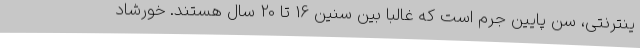
ینترنتی، سن پایین جرم است که غالبا بین سنین 16 تا 20 سال هستند. خورشاد